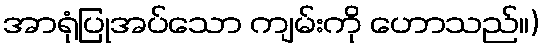
အာရုံပြုအပ်သော ကျမ်းကို ဟောသည်။)